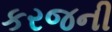
કરજની